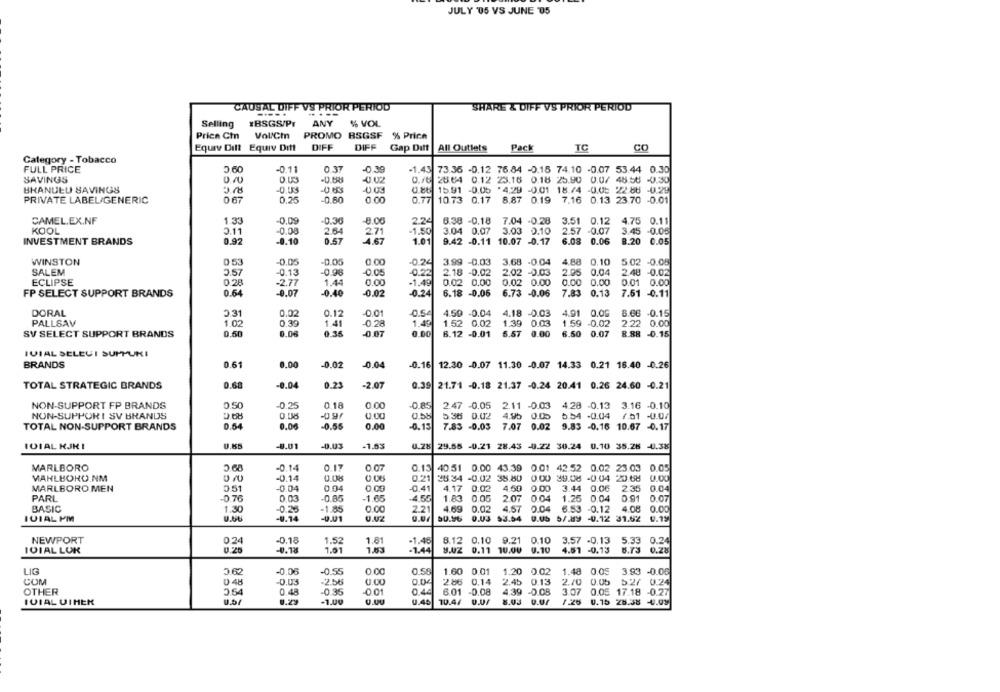
JULY '05 VS JUNE 05
CAUSAL DIFF VS PRIOR PERIOD
SHARE & DIFF VS PRIOR PERIOD
Selling
EBSGS/Pr
ANY
% VOL
Price Ctn
Vol/Cm
PROMO BSGSF % Price
Equiv Ditt Equiv Ditt
DIFF
DIFF
Gap Ditt
All Outlets
Pack
TC
CO
Category - Tobacco
FULL PRICE
2.60
-0.11
0.37
-0.39
-1.43 73.36 -0.12 76.84 -0.18 74.10 -0.07 53.44 0.30
SAVINGS
-0 02
0.16 25.64 0.12 23.16 0.18 25.90 0.0/ 48:58 -0.30
BHANUEU SAVINGS
5.78
0.86
15.91 -0.05 *4.29 -0.01 18./4 -0.05 22.88 -0.29
PRIVATE LABEL/GENERIC
0.67
0.25
-0.80
0.00
0.77
10.73 0.17 8.87 0.19 7.16 0.13 23.70 -0.01
CAMEL.EX.NF
1.33
-0.09
-0.36
-8.06
2.24
6.38 -0.18 7.04 .0.28
3.51 0.12 4.75 0.11
KOOL
3.11
-0.08
2.64
2.71
-1,50
3.04 0.07
3.03 0.10
2.57 -0.07
3.45 -0.05
INVESTMENT BRANDS
0.92
-0.10
0.57
4.67
1.01
9.42 -0.11 10.07 -0.17
6.08 0.06
8.20
0.05
WINSTON
0.53
-0.05
-0.05
0.00
.0.24
3.99 -0.03 3.68 -0.04
4.88
0.10
5.02 -0.05
SALEM
2.57
-0.13
-0.98
-0.05
2.18 -0.02
2.02 -0.03
2.95
0.04
2.48 -0.02
ECLIPSE
0.28
-2.77
1.44
0.00
-1.49
0.02 0.00
0.02 0.00
0.00 0.00
0.01 0.00
FP SELECT SUPPORT BRANDS
0.64
-0.07
-0.40
0.02
-0.24
6.18 -0.06
6.73 -0.06
7.83
0.13
7.61 -0.11
DORAL
2.31
0.02
0.12
0.54
4.59 -0.04
4.18 -0.03
4.01
0.00
8.66 -0.15
PALLSAV
1.02
0.39
1.41
-0.28
1.43
1.52 0.02
1.39
0.03
1.59 -0.02
2.22
0.00
0.50
0.08
0.35
-0.07
0.00
0.00
6.50 0.07
SV SELECT SUPPORT BRANDS
6.12 -0.01
5.57
8.88 -0.15
IVIAL SELEUI SUPPUKI
BRANDS
0.61
0.00
-0.02
-0.04
-0.16
12.30 -0.07 11.30 -0.07 14.33 0.21 16.40 -0.26
TOTAL STRATEGIC BRANDS
0.60
-0.04
0.23
-2.07
0.39
21.71 -0.18 21.37 -0.24 20.41 0.26 24.60 -0.21
NON-SUPPORT FP BRANDS
0.50
-0,25
0.18
0.00
-0.85
2.47 -0.05
2.11 -0.03 4.28 -0.13 3.16 -0.10
NON-SUPPORT SV BRANDS
0.08
0.00
0.55
5.36 0.02
4.95 0.05 5.54 -0.04
7.51 -0.00
TOTAL NON-SUPPORT BRANDS
0.54
0.00
-0.55
0.00
-0.13
7.83 -0.03
7.07 0.02 9.83 -0.16 10.67 -0.17
101AL KJK I
-9.01
-0.03
-1.53
29.55 -0.21 28.43 -0.22 30.24
0.10 35.26 -0.38
MARLBORO
-0.14
0.17
0.07
0.13
40.51 0.00 43.39 0.01 42.52 0.02 23.03 0.05
MAHLBORO.NM
-0.14
0.08
0.06
0.21
25.34 -0.02 35.850
0.00 39.08 -0.04 20.68 0.00
MARLBORO MEN
0.51
-0.04
0.04
0.09
-0.41
4.17 0.02
4,50
0.00 3.44 0.06
2.35 0.04
PARL
0.76
0.03
-0.85
-1.65
-4.55
1.83
0.05
2.07
004
1.25 0.04
0.91
0.07
BASIC
1.30
-0.25
-1.85
0.00
2.21
4.69
0.02
4.57 0.04 6.53 -0.12
4.08 0.00
IVIAL PM
-9.14
-0.01
50.96
0.03
$3.54
0.05 5/819 -0.12 31.52
NEWPORT
0.24
-0.18
1.81
8.12 0.10 9.21 0.10
3.57 -0.13
5.33 0.24
1.52
-1.46
101AL LOK
0.20
-0.18
1.01
1.03
-1.44
8.02 0.11 10.00
0.10
4.51 -0.13
8.7'3
0.28
LIG
0.62
-0.06
-0.55
0.00
0.58
1.60 0.01
1.20 0.02
1.48 0.05
3.93 -0.06
COM
0 48
-0.03
-2.56
0.00
286 0.14
2.45
0.13
2.10
0.05
5.27 0.24
OTHER
3.54
0.48
-0.35
0.01
0.44
6.01 -0.08
4.39 -0.08
3.07
0.05 17.18 -0.27
IVIAL UIHER
0.29
-1.00
0.00
0.40
10.4/
8.03
0. 15 28.38 -4.09